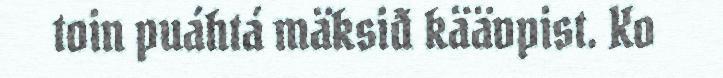
toin puáhtá mäksiđ käävpist. Ko